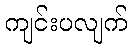
ကျင်းပလျက်